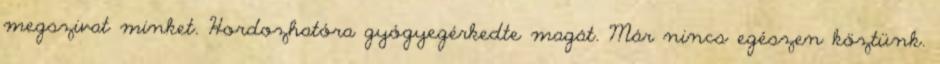
megszivat minket. Hordozhatóra gyógyegérkedte magát. Már nincs egészen köztünk.